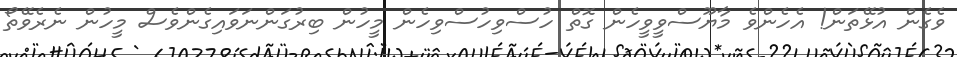
ވެގެން އުޅޭތަން! އެހެންވެ މާޔޫސްވީވީހެން ގޮތް ހުސްވިހުސްވިހެން މީހުން ބިރުގަންނަވައިގެންވެސް މީހުން ނެރެވޭތޯ